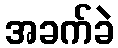
အခက်ခဲ